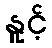
နူင့်